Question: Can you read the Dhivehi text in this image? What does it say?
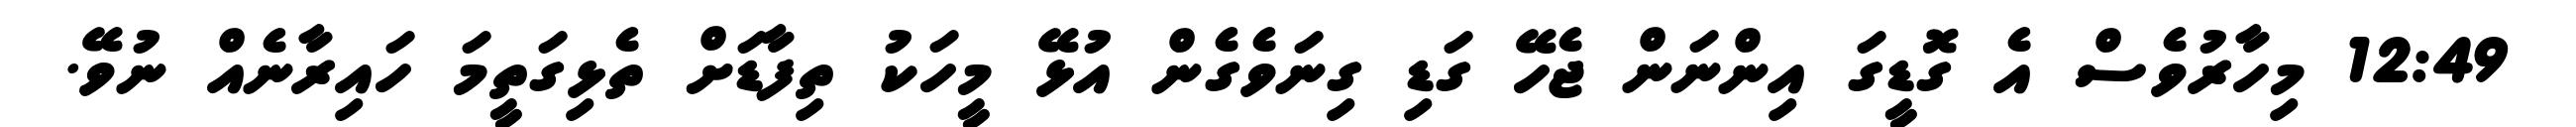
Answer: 12:49 މިހާރުވެސް އެ ގޮޑީގަ އިންނަން ޖެހޭ ގަޑި ގިނަވެގެން އުޅޭ މީހަކު ތިފާޑަށް ތެޅިގަތީމަ ހައިރާނެއް ނުވޭ.